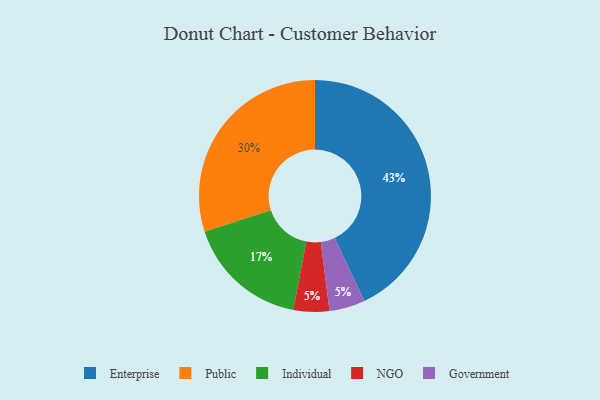
{"axis": {"x": "Category", "y": "Percentage"}, "legend": ["Enterprise", "Government", "Individual", "NGO", "Public"], "data": [{"x": "Individual", "y": 17, "type": "Individual"}, {"x": "NGO", "y": 5, "type": "NGO"}, {"x": "Enterprise", "y": 43, "type": "Enterprise"}, {"x": "Public", "y": 30, "type": "Public"}, {"x": "Government", "y": 5, "type": "Government"}]}